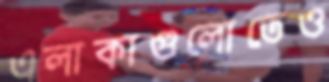
এলাকাগুলোতেও